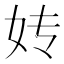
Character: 𰋹